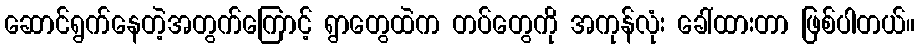
ဆောင်ရွက်နေတဲ့အတွက်ကြောင့် ရွာတွေထဲက တပ်တွေကို အကုန်လုံး ခေါ်ထားတာ ဖြစ်ပါတယ်။